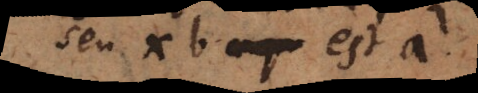
seu xb est a.